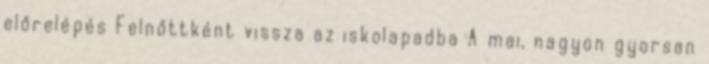
előrelépés Felnőttként vissza az iskolapadba A mai, nagyon gyorsan